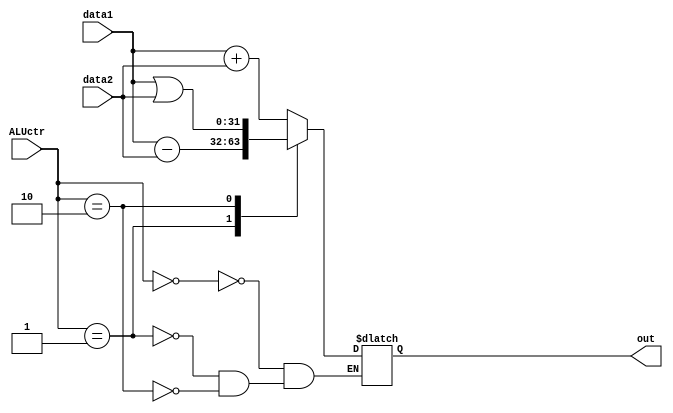
module ALU(data1, data2, ALUctr, out);
input[31:0] data1, data2;
input[1:0] ALUctr;

output reg[31:0] out;

always@(*)
begin
case(ALUctr)
2'b00: begin out <= data1 + data2; end
2'b01: begin out <= data1 - data2; end
2'b10: begin out <= data1 | data2; end
endcase
end

endmodule